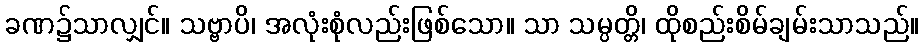
ခဏ၌သာလျှင်။ သဗ္ဗာပိ၊ အလုံးစုံလည်းဖြစ်သော။ သာ သမ္ပတ္တိ၊ ထိုစည်းစိမ်ချမ်းသာသည်။